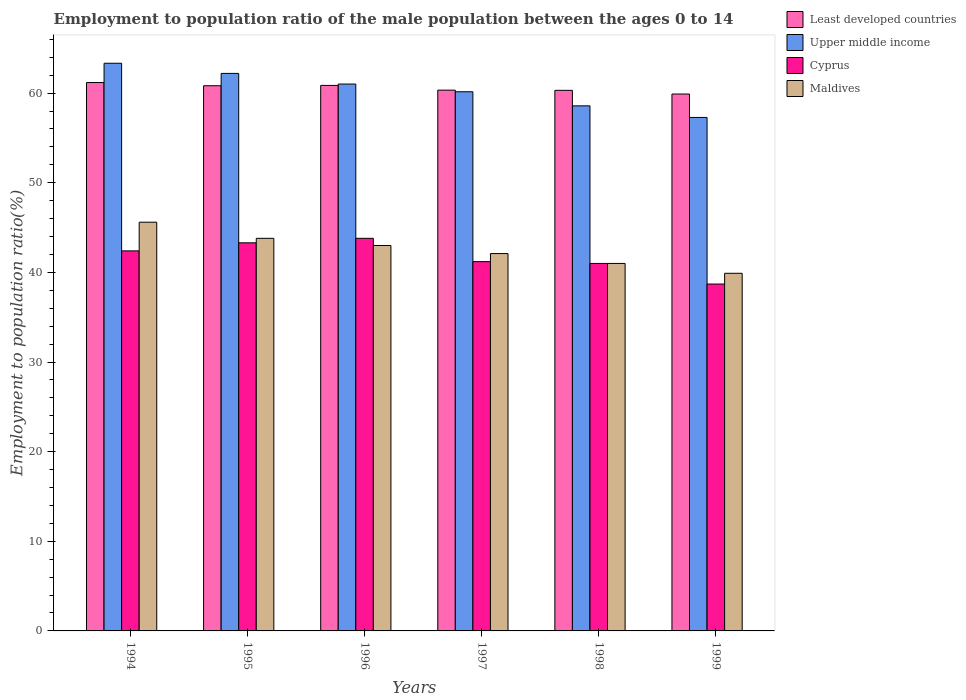
| Years | Least developed countries | Upper middle income | Cyprus | Maldives |
 | --- | --- | --- | --- | --- |
 | 1994 | 61.2 | 63.3 | 42.4 | 45.6 |
 | 1995 | 60.8 | 62.2 | 43.3 | 43.8 |
 | 1996 | 60.9 | 61 | 43.8 | 43 |
 | 1997 | 60.3 | 60.2 | 41.2 | 42.1 |
 | 1998 | 60.3 | 58.6 | 41 | 41 |
 | 1999 | 59.9 | 57.3 | 38.7 | 39.9 |